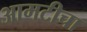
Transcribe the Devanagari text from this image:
आमटीचा